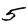
Digit: 5